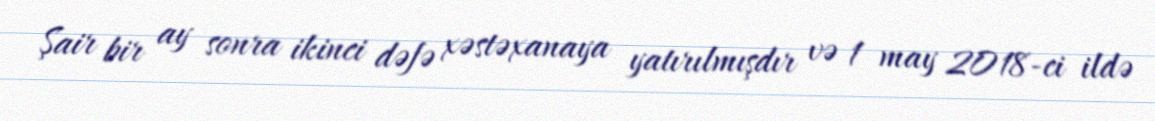
Şair bir ay sonra ikinci dəfə xəstəxanaya yatırılmışdır və 1 may 2018-ci ildə